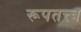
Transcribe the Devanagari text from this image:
रूपतत्त्व